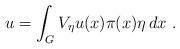
LaTeX: \begin{align*}u = \int_{G} V_{\eta}u(x) \pi(x) \eta\, dx\,\,.\end{align*}